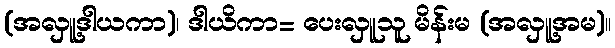
(အလှူ့ဒါယကာ)၊ ဒါယိကာ= ပေးလှူသူ မိန်းမ (အလှူ့အမ)။